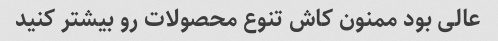
عالی بود ممنون کاش تنوع محصولات رو بیشتر کنید